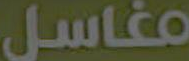
مغاسل